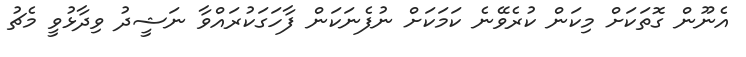
އެނޫން ގޮތަކަށް މިކަން ކުރެވޭނެ ކަމަކަށް ނުފެނަކަން ފާހަގަކުރައްވާ ނަޝީދު ވިދާޅުވީ މެޗު